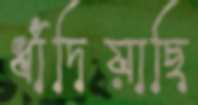
ধাঁদিয়াছি